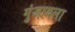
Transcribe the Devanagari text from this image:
गुंजायला